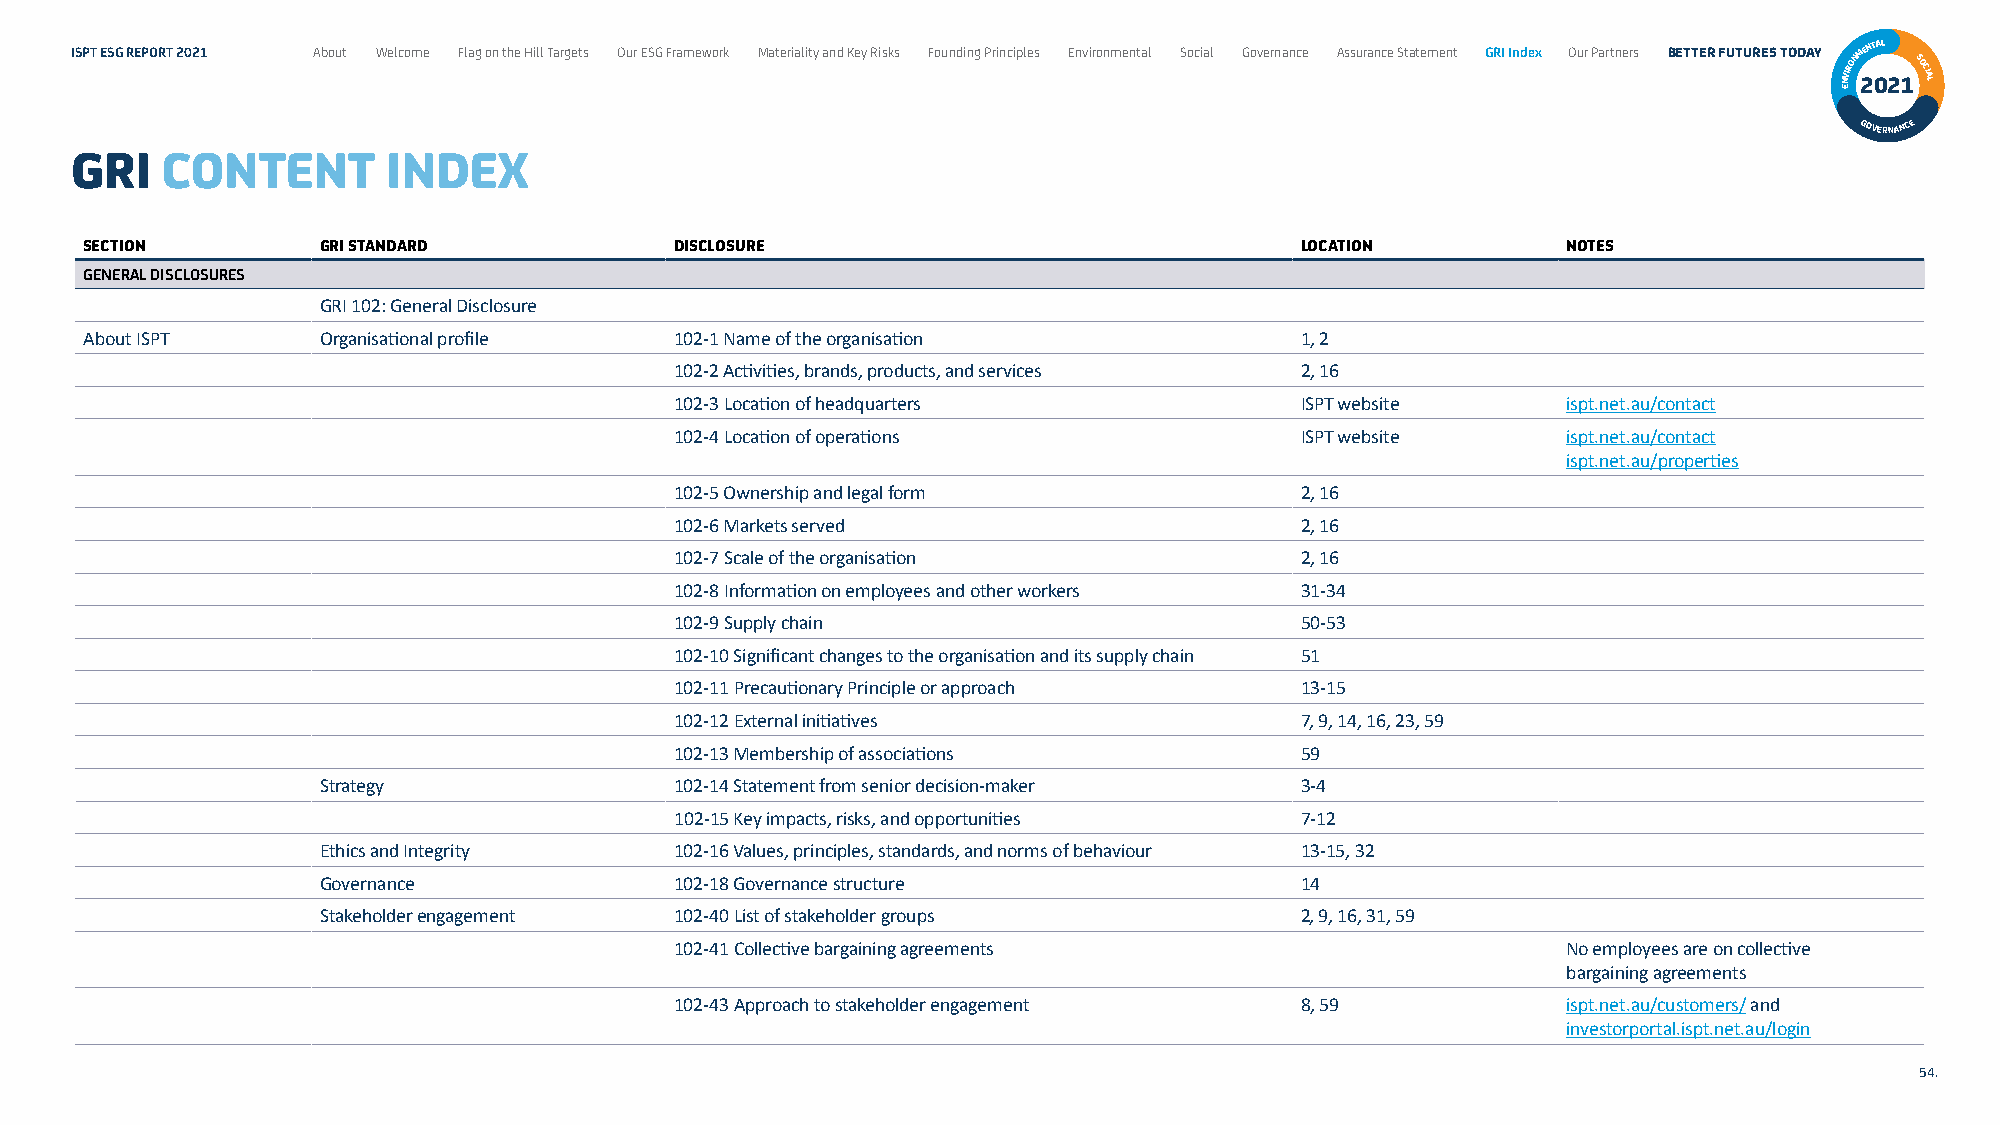
ISPT ESG REPORT 2021 About Welcome Flag on the Hill Targets Our ESG Framework Materiality and Key Risks Founding Principles Environmental Social Governance Assurance Statement GRI Index Our Partners BETTER FUTURES TODAY NVIRONM 2ENT 0AL
 21SOCIAL
 E
 GOVERNANCE
 GRI   CONTENT        INDEX
 SECTION        GRI STANDARD            DISCLOSURE                               LOCATION          NOTES
 GENERAL DISCLOSURES
 GRI 102: General Disclosure
 About ISPT     Organisational profile  102‑1 Name of the organisation           1, 2
 102‑2 Activities, brands, products, and services 2, 16
 102‑3 Location of headquarters           ISPT website      ispt.net.au/contact
 102‑4 Location of operations             ISPT website      ispt.net.au/contact
 ispt.net.au/properties
 102‑5 Ownership and legal form           2, 16
 102‑6 Markets served                     2, 16
 102‑7 Scale of the organisation          2, 16
 102‑8 Information on employees and other workers 31‑34
 102‑9 Supply chain                       50‑53
 102‑10 Significant changes to the organisation and its supply chain 51
 102‑11 Precautionary Principle or approach 13‑15
 102‑12 External initiatives              7, 9, 14, 16, 23, 59
 102‑13 Membership of associations        59
 Strategy                102‑14 Statement from senior decision‑maker 3‑4
 102‑15 Key impacts, risks, and opportunities 7‑12
 Ethics and Integrity    102‑16 Values, principles, standards, and norms of behaviour 13‑15, 32
 Governance              102‑18 Governance structure              14
 Stakeholder engagement  102‑40 List of stakeholder groups        2, 9, 16, 31, 59
 102‑41 Collective bargaining agreements                    No employees are on collective
 bargaining agreements
 102‑43 Approach to stakeholder engagement 8, 59            ispt.net.au/customers/ and
 investorportal.ispt.net.au/login
 54.